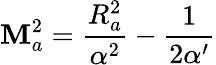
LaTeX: \mathbf{M}_{a}^{2}=\frac{{R_{a}^{2}}}{{\alpha^{2}}}-\frac{{1}}{{2\alpha^{\prime}}}